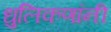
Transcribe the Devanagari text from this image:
धुलिकणांनी